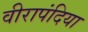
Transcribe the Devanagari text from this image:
वीरापंदिया